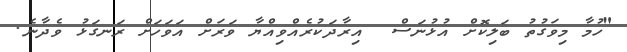
"ހުމާ މިވަގުތު ބަލިކޮށް އުޅުނަސް  އިރާދަކުރެއްވިއްޔާ ވަރަށް އަވަަހަަށް ރަނގަޅު ވެދާނެ.